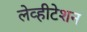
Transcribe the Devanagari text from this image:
लेव्हीटेशन